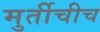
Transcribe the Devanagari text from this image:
मुर्तीचीच